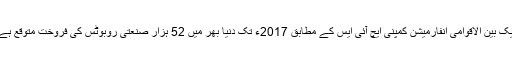
ایک بین الاقوامی انفارمیشن کمپنی ایچ آئی ایس کے مطابق 2017ء تک دنیا بھر میں 52 ہزار صنعتی روبوٹس کی فروخت متوقع ہے۔